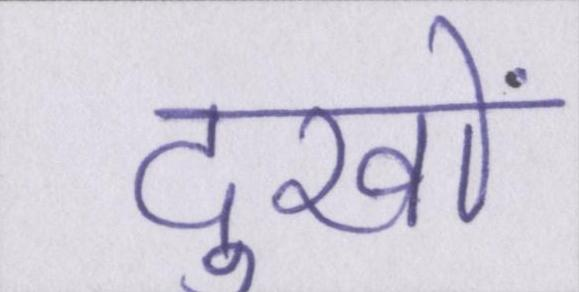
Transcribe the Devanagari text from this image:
दुखों